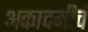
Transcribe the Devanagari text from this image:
अकादमीचं